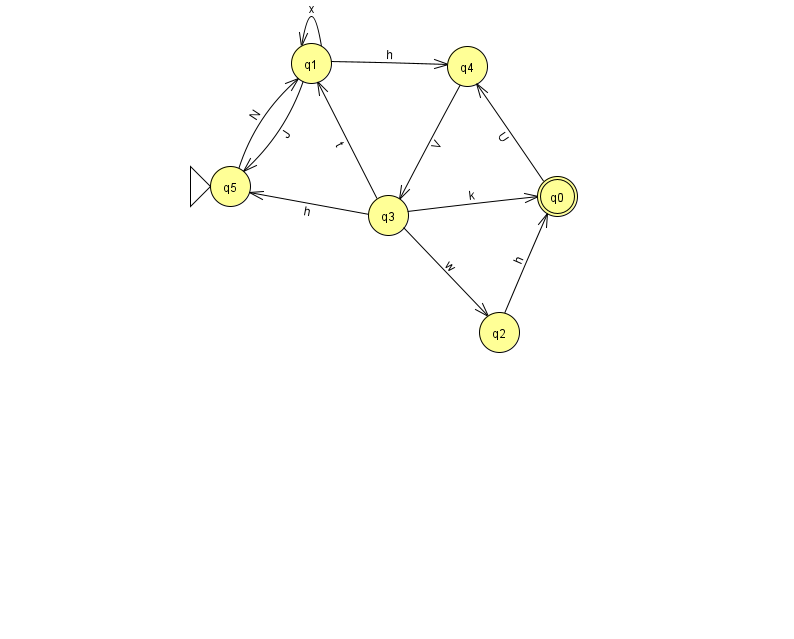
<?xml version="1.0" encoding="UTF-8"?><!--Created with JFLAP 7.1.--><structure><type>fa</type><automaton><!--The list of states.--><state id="0" name="q0"><x>557.0</x><y>183.0</y><final/></state><state id="1" name="q1"><x>311.0</x><y>50.0</y></state><state id="2" name="q2"><x>499.0</x><y>319.0</y></state><state id="3" name="q3"><x>388.0</x><y>202.0</y></state><state id="4" name="q4"><x>467.0</x><y>53.0</y></state><state id="5" name="q5"><x>230.0</x><y>173.0</y><initial/></state><!--The list of transitions.--><transition><from>1</from><to>5</to><read>J</read></transition><transition><from>2</from><to>0</to><read>h</read></transition><transition><from>5</from><to>1</to><read>N</read></transition><transition><from>1</from><to>1</to><read>x</read></transition><transition><from>4</from><to>3</to><read>V</read></transition><transition><from>3</from><to>2</to><read>w</read></transition><transition><from>3</from><to>5</to><read>h</read></transition><transition><from>0</from><to>4</to><read>U</read></transition><transition><from>3</from><to>0</to><read>k</read></transition><transition><from>3</from><to>1</to><read>t</read></transition><transition><from>1</from><to>4</to><read>h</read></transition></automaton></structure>